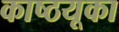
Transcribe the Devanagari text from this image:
काष्ठयूका